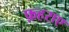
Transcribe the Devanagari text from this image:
फ़हराए